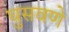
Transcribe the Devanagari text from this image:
घुसवणे